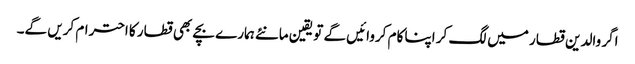
اگر والدین قطار میں لگ کر اپنا کام کروائیں گے تو یقین مانئے ہمارے بچے بھی قطار کا احترام کریں گے۔